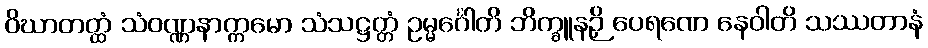
ဝိဃာတတ္ထံ သံဝဏ္ဏနာက္ကမော သံသဋ္ဌတ္တံ ဥမ္မင်္ဂေါတိ ဘိက္ခူနဉှိ ပေရဏေ နေဝါတိ သဿတာနံ